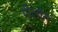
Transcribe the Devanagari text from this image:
गीलोंग